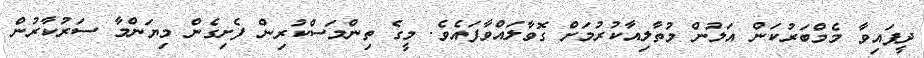
ދީފައިވާ މެމްބަރުކަން އަލުން މުތާލިއާކުރުމަށް ގޮވާލައްވާފައެވެ. މީގެ ތިންމަސްކުރިން ފެށިގެން މިޔަންމާ ސަރުކާރުން